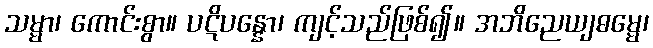
သမ္မာ၊ ကောင်းစွာ။ ပဋိပန္နော၊ ကျင့်သည်ဖြစ်၍။ အဘိညေယျဓမ္မေ၊